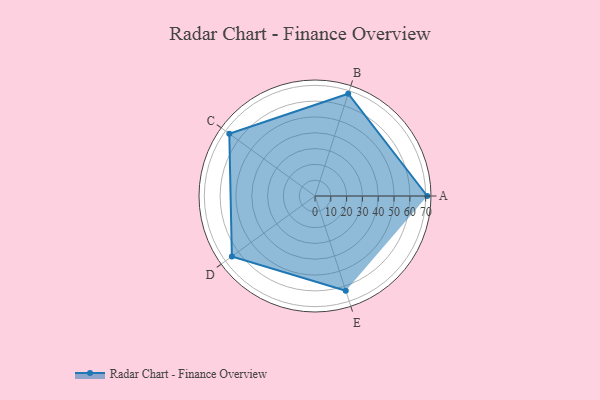
{"axis": {"x": "Skill", "y": "Score"}, "legend": ["Profile"], "data": [{"x": "A", "y": 71.0, "type": "Profile"}, {"x": "B", "y": 68.0, "type": "Profile"}, {"x": "C", "y": 67.0, "type": "Profile"}, {"x": "D", "y": 65.0, "type": "Profile"}, {"x": "E", "y": 63.0, "type": "Profile"}]}